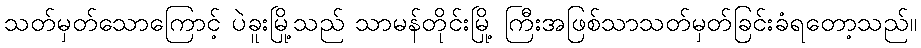
သတ်မှတ်သောကြောင့် ပဲခူးမြို့သည် သာမန်တိုင်းမြို့ ကြီးအဖြစ်သာသတ်မှတ်ခြင်းခံရတော့သည်။